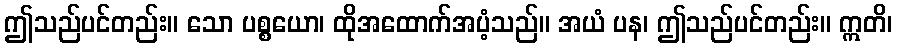
ဤသည်ပင်တည်း။ သော ပစ္စယော၊ ထိုအထောက်အပံ့သည်။ အယံ ပန၊ ဤသည်ပင်တည်း။ ဣတိ၊